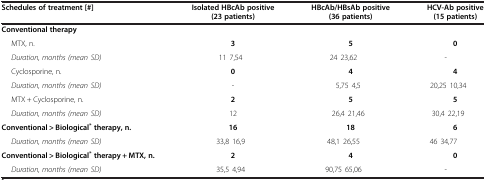
<table><thead><tr><td><b>Schedules of treatment [#]</b></td><td><b>Isolated HBcAb positive (23 patients)</b></td><td><b>HBcAb/HBsAb positive (36 patients)</b></td><td><b>HCV-Ab positive (15 patients)</b></td></tr></thead><tbody><tr><td><b>Conventional therapy</b></td><td></td><td></td><td></td></tr><tr><td>MTX, n.</td><td><b>3</b></td><td><b>5</b></td><td><b>0</b></td></tr><tr><td><i>Duration, months (mean ± SD)</i></td><td>11 ± 7,54</td><td>24 ± 23,62</td><td>-</td></tr><tr><td>Cyclosporine, n.</td><td><b>0</b></td><td><b>4</b></td><td><b>4</b></td></tr><tr><td><i>Duration, months (mean ± SD)</i></td><td>-</td><td>5,75 ± 4,5</td><td>20,25 ± 10,34</td></tr><tr><td>MTX + Cyclosporine, n.</td><td><b>2</b></td><td><b>5</b></td><td><b>5</b></td></tr><tr><td><i>Duration, months (mean ± SD)</i></td><td>12</td><td>26,4 ± 21,46</td><td>30,4 ± 22,19</td></tr><tr><td><b>Conventional &gt; Biological</b><sup><b>*</b></sup><b>therapy, n.</b></td><td><b>16</b></td><td><b>18</b></td><td><b>6</b></td></tr><tr><td><i>Duration, months (mean ± SD)</i></td><td>33,8 ± 16,9</td><td>48,1 ± 26,55</td><td>46 ± 34,77</td></tr><tr><td><b>Conventional &gt; Biological</b><sup><b>*</b></sup><b>therapy + MTX, n.</b></td><td><b>2</b></td><td><b>4</b></td><td><b>0</b></td></tr><tr><td><i>Duration, months (mean ± SD)</i></td><td>35,5 ± 4,94</td><td>90,75 ± 65,06</td><td>-</td></tr></tbody></table>